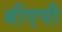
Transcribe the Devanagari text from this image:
बीएपी